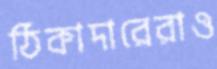
ঠিকাদারেরাও